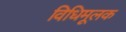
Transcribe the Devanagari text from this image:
विधिमूलक